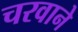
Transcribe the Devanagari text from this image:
चरवाने